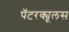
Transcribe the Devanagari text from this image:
पॅटरक्यूलस